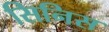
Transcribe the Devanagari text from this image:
सिनिस